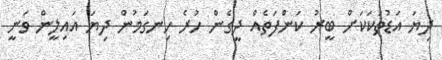
ދިޔަ އަޑުތަކަކަށް ބީރު ކަންފަތެއް ދީގެން ހުރެ ހިނގަމުން ދިޔަ އައިލީން ވަނީ